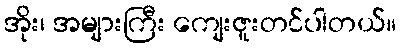
အိုး၊ အများကြီး ကျေးဇူးတင်ပါတယ်။